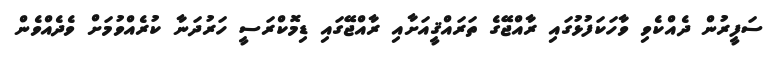
ސަފީރުން ދެއްކެވި ވާހަކަފުޅުގައި ރާއްޖޭގެ ތަރައްޤީއަށާއި ރާއްޖޭގައި ޑިމޮކްރަސީ ހަރުދަނާ ކުރެއްވުމަށް ވެދެއްވެން